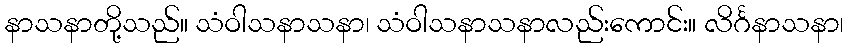
နာသနာတို့သည်။ သံဝါသနာသနာ၊ သံဝါသနာသနာလည်းကောင်း။ လိင်္ဂနာသနာ၊